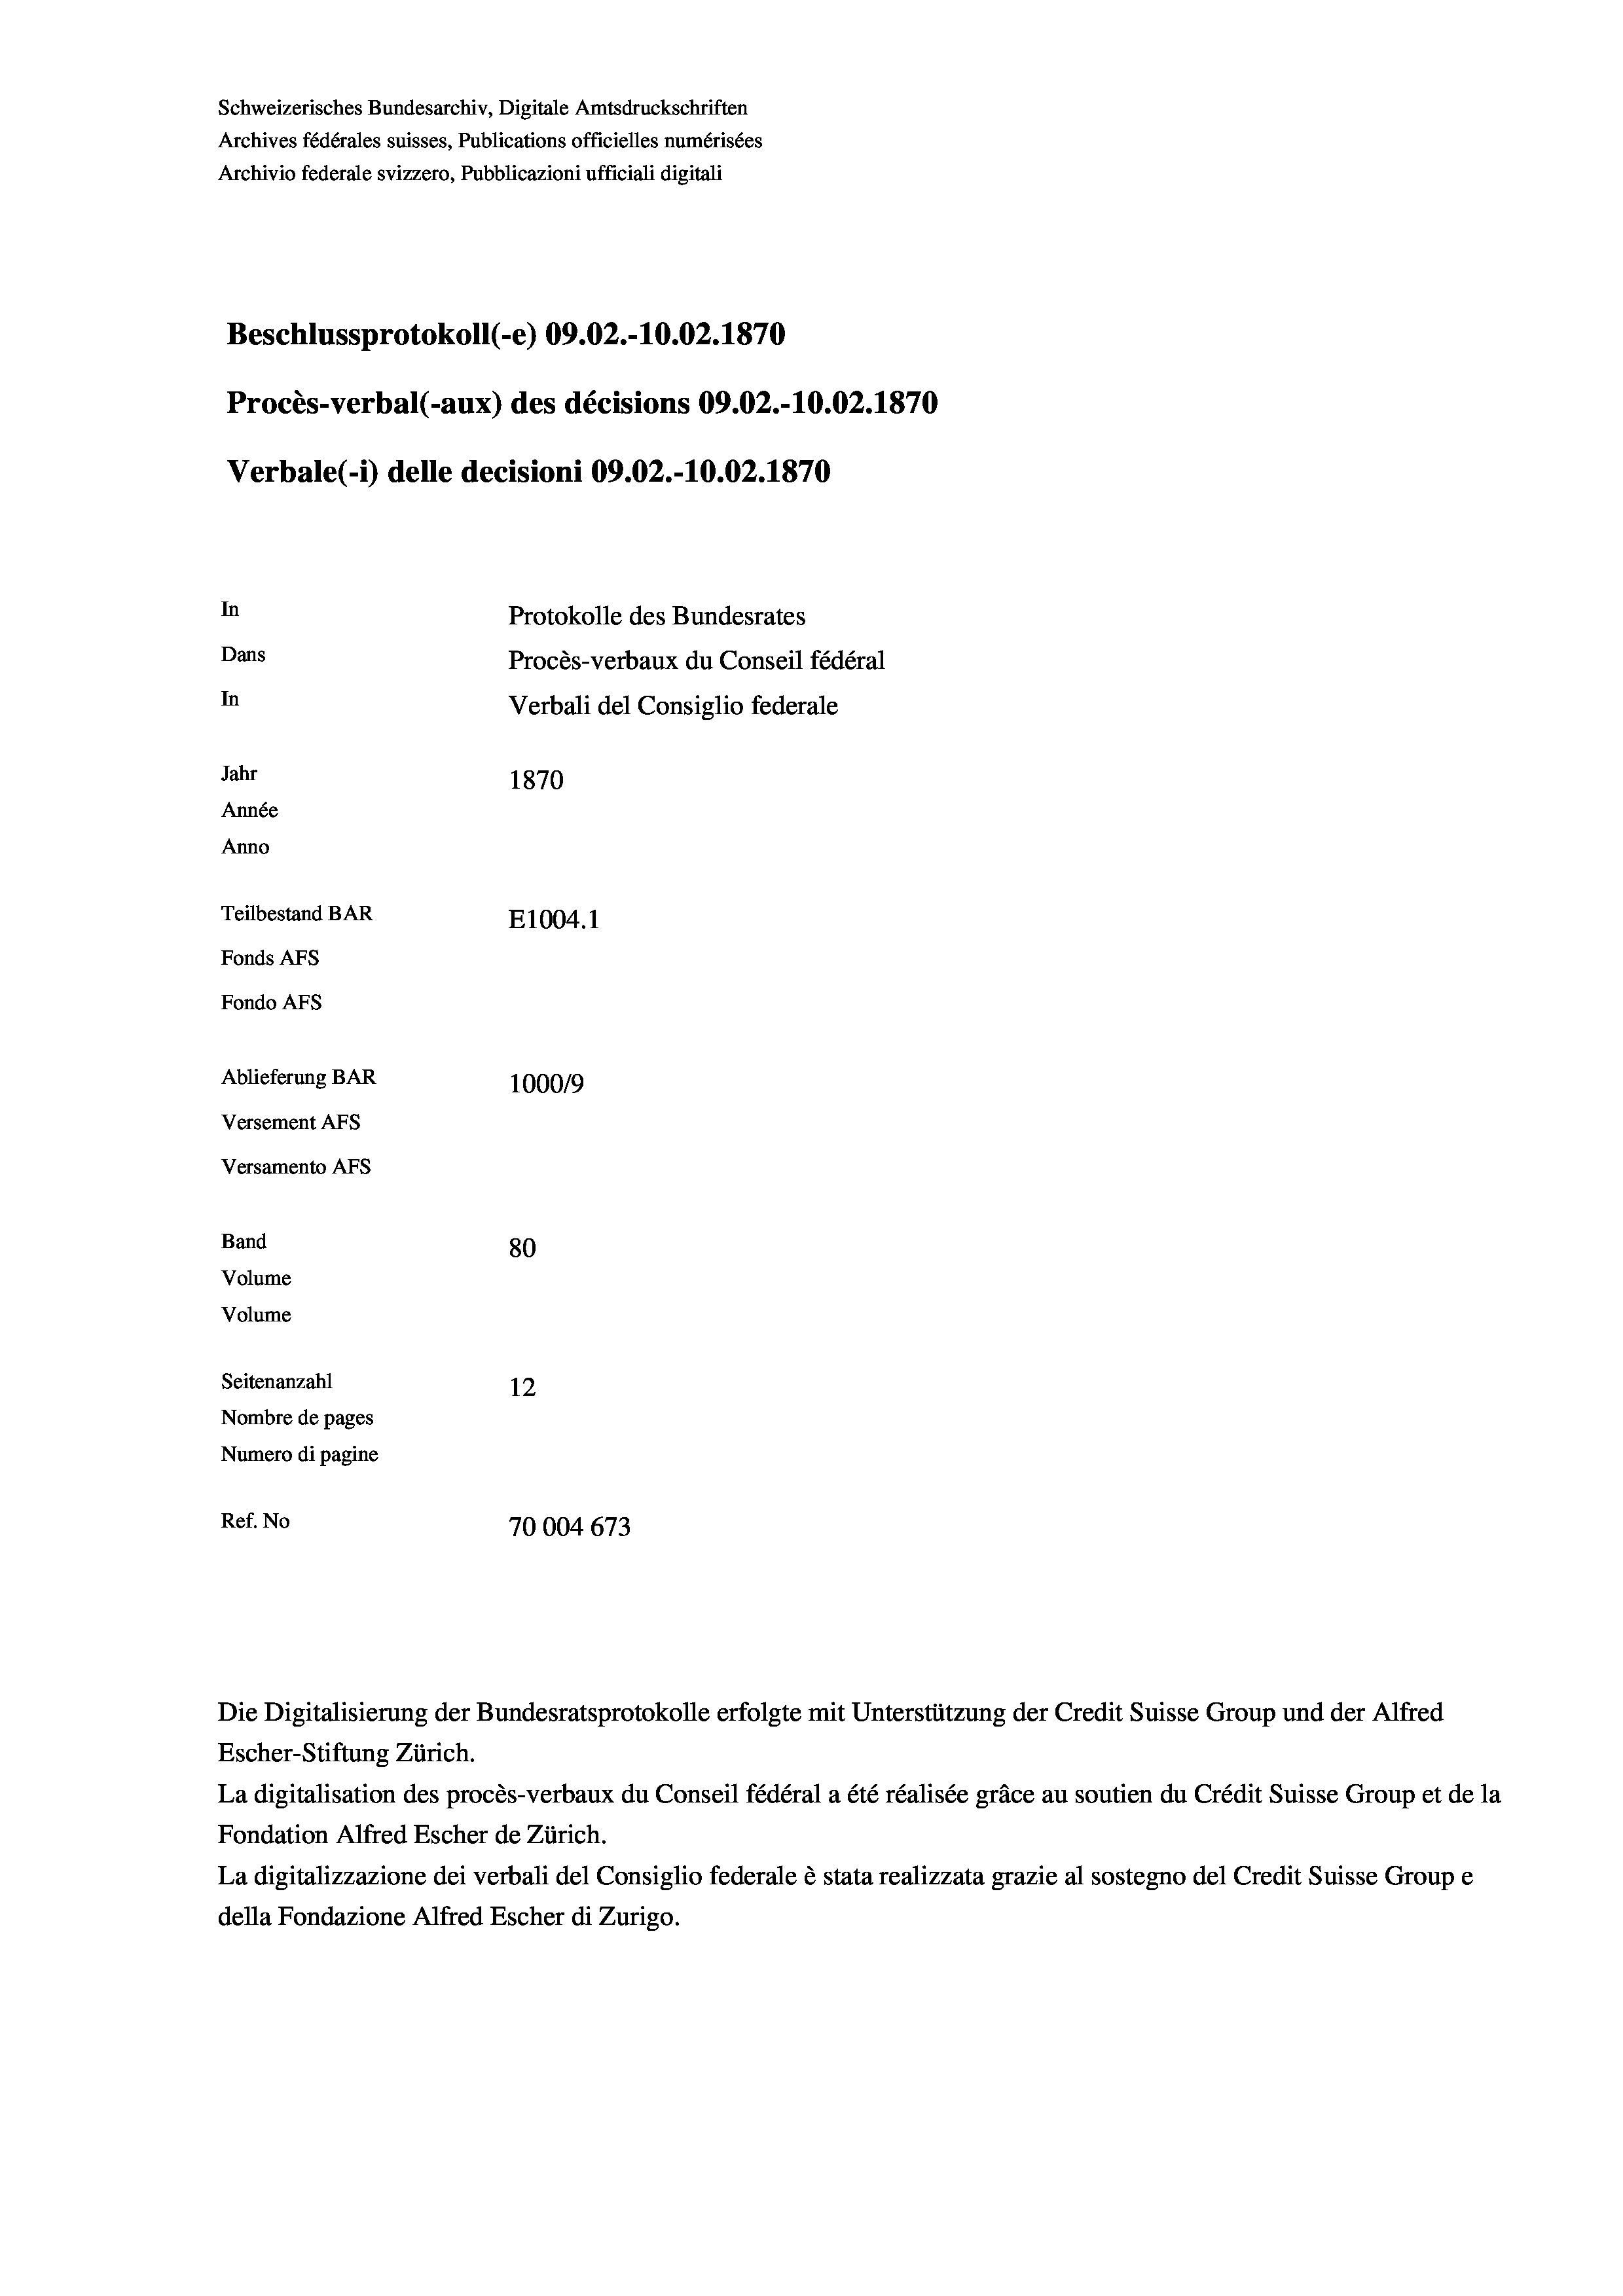
Schweizerisches Bundesarchiv, Digitale Amtsdruckschriften
Archives fédérales suisses, Publications officielles numérisées
Archivio federale svizzero, Pubblicazioni ufficiali digitali
Beschlussprotokoll (-e) 09.02.-10.02. 1870
Procès-verbal (-aux) des décisions 09.02.-10.02. 1870
Verbale(-*) delle decisioni 09.02.-10.02. 1870
In
Protokolle des Bundesrates
Dans
Procès-verbaux du Conseil fédéral
In
Verbali del Consiglio federale
Jahr
1870
Année
Anno
Teilbestand BAR
E1004.1
Fonds AFs
Fondo Afs
Ablieferung BAR
100019
Versement AFs
Versamento AFs
Band
80
Volume
Volume
Seitenanzahl
12
Nombre de pages
Numero di pagine
Ref. No
70004673

La digitalisation des procès-verbaux du Conseil fédéral a été réalisée gräce au soutien du Crédit Suisse Group et de la
Fondation Alfred Escher de Zürich.
La digitalizzazione dei verbali del Consiglio federale è stata realizzata grazie al sostegno del Credit Suisse Groupe
della Fondazione Alfred Escher di Zurigo.

Die Digitalisierung der Bundesratsprotokolle erfolgte mit Unterstützung der Credit Suisse Group und der Alfred
Escher-Stiftung Zürich.